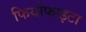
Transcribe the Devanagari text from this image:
फियोफाइटा